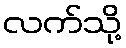
လက်သို့